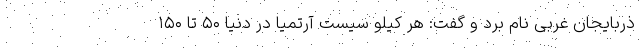
ذربایجان غربی نام برد و گفت: هر کیلو سیست آرتمیا در دنیا ۵۰ تا ۱۵۰